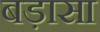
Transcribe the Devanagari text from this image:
बड़ासा